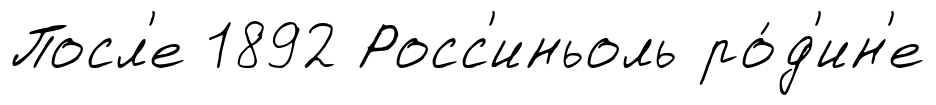
Посл'е 1892 Росс'иньоль ро́д'ин'е